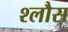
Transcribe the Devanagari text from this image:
श्लौस